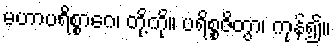
မဟာပရိစ္စာဂေ၊ တို့ကို။ ပရိစ္စဇိတွာ၊ ကုန်၍။